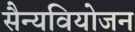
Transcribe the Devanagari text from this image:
सैन्यवियोजन